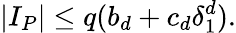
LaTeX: |I_{P}|\leq q(b_{d}+c_{d}\delta_{1}^{d}).